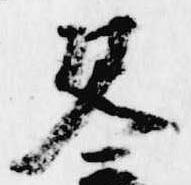
見